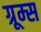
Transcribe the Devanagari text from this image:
ग्रूम्स